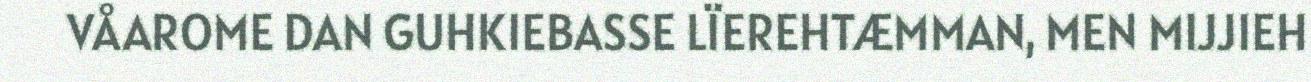
VÅAROME DAN GUHKIEBASSE LÏEREHTÆMMAN, MEN MIJJIEH